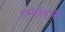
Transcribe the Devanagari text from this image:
हस्तैर्वहन्तीं